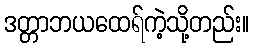
ဒတ္တာဘယထေရ်ကဲ့သို့တည်း။